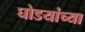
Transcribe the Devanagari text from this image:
घोडयांच्या